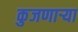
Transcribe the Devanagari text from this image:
कुजणाऱ्या